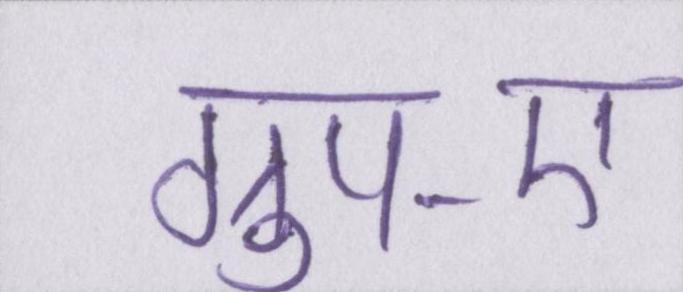
ग्रुप-ए